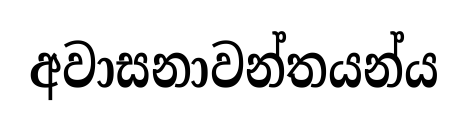
අවාසනාවන්තයන්ය